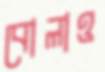
বোলাও